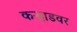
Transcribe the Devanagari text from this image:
कऱ्हाडवर